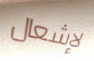
لإشعال